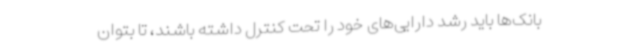
بانک‌ها باید رشد دارایی‌های خود را تحت کنترل داشته باشند، تا بتوان